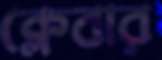
ক্লেবার